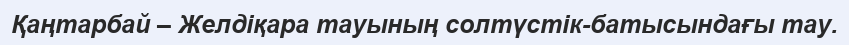
Қаңтарбай – Желдіқара тауының солтүстік-батысындағы тау.